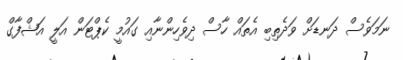
ނަމަވެސް ދަނޑަށް ވަދެތިބި އެތައް ހާސް ދިވެހިންނާއި ގައުމީ ކެޕްޓަން އަލީ އަޝްފާގް